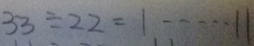
3 3 \div 2 2 = 1 \cdots 1 1